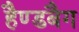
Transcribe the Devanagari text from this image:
हैण्डबैग